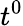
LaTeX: t^{0}